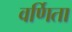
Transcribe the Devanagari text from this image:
वर्णिता